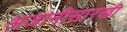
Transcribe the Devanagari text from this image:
अजानीसारखी